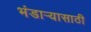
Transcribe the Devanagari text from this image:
भंडार्‍यासाठी